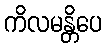
ကိလမန္တိပေ